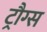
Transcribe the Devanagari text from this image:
ट्रौग्स